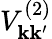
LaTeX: V_{\mathbf{k}\mathbf{k}^{\prime}}^{(2)}